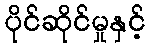
ပိုင်ဆိုင်မှုနှင့်